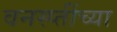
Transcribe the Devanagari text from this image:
वनस्प्तींच्या